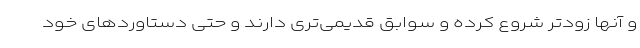
و آنها زودتر شروع کرده و سوابق قدیمی‌تری دارند و حتی دستاوردهای خود